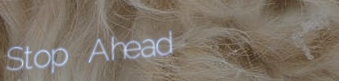
Stop Ahead